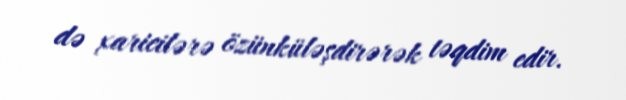
də xaricilərə özünküləşdirərək təqdim edir.